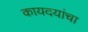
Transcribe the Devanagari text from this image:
कायदयांचा